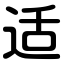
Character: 适